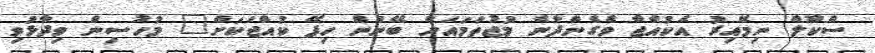
ސްކޫލް ނިމޭއިރު އެކުއްޖާ ވެގެންދާނެ މުޖުތަމައަށް ބޭނުން ހިފޭ ކުއްޖަކަށް" މުހުސިން ވިދާޅުވި